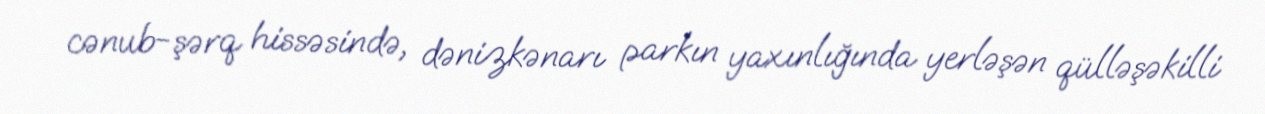
cənub-şərq hissəsində, dənizkənarı parkın yaxınlığında yerləşən qülləşəkilli